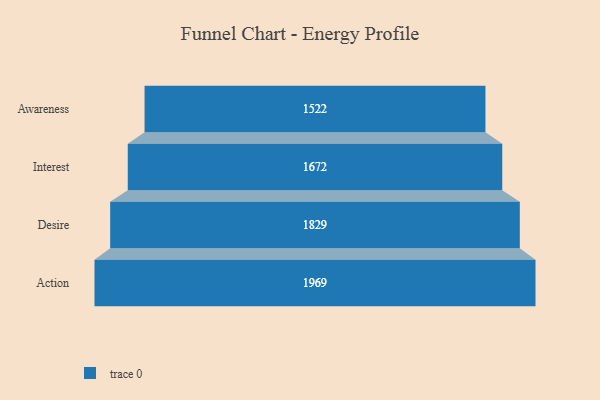
{"axis": {"x": "Stage", "y": "Value"}, "legend": [""], "data": [{"x": "Awareness", "y": 1522.0, "type": ""}, {"x": "Interest", "y": 1672.0, "type": ""}, {"x": "Desire", "y": 1829.0, "type": ""}, {"x": "Action", "y": 1969.0, "type": ""}]}